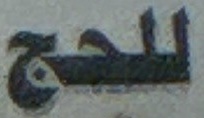
للحج